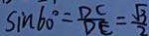
\sin 6 0 ^ { \circ } = \frac { D C } { D E } = \frac { \sqrt { 3 } } { 2 }